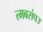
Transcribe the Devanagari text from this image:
त्मबसंपउ